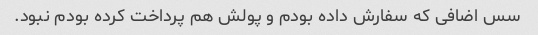
سس اضافی که سفارش داده بودم و پولش هم پرداخت کرده بودم نبود.